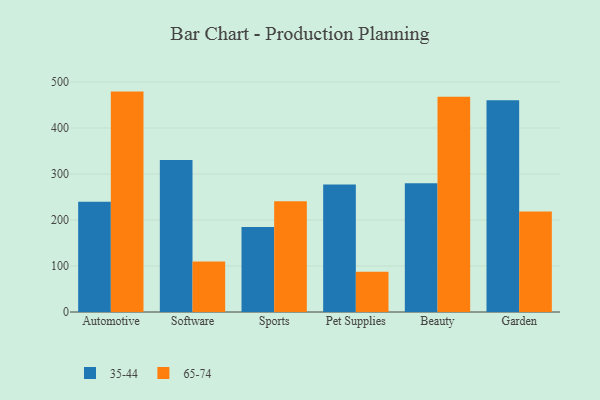
{"axis": {"x": "Category", "y": "Energy Usage (MWh)"}, "legend": ["35-44", "65-74"], "data": [{"x": "Automotive", "y": 239.5, "type": "35-44"}, {"x": "Automotive", "y": 479.2, "type": "65-74"}, {"x": "Software", "y": 330.5, "type": "35-44"}, {"x": "Software", "y": 109.8, "type": "65-74"}, {"x": "Sports", "y": 184.7, "type": "35-44"}, {"x": "Sports", "y": 240.8, "type": "65-74"}, {"x": "Pet Supplies", "y": 277.0, "type": "35-44"}, {"x": "Pet Supplies", "y": 87.6, "type": "65-74"}, {"x": "Beauty", "y": 280.2, "type": "35-44"}, {"x": "Beauty", "y": 467.8, "type": "65-74"}, {"x": "Garden", "y": 460.6, "type": "35-44"}, {"x": "Garden", "y": 218.6, "type": "65-74"}]}